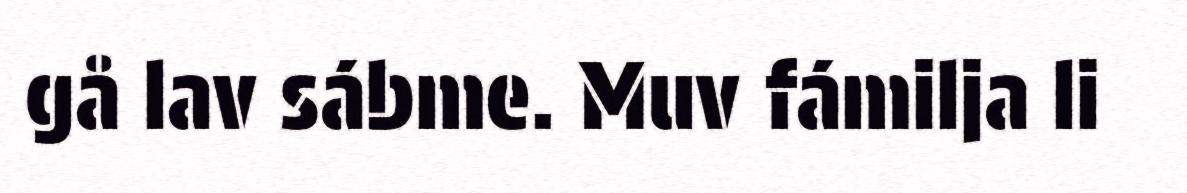
gå lav sábme. Muv fámilja li